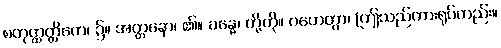
စတုတ္ထတ္တိကေ၊ ၌။ အတ္တနော၊ ၏။ ခန္ဓေ၊ တို့ကို။ ဂဟေတွာ၊ (ဤသည်ကားရုပ်တည်း။